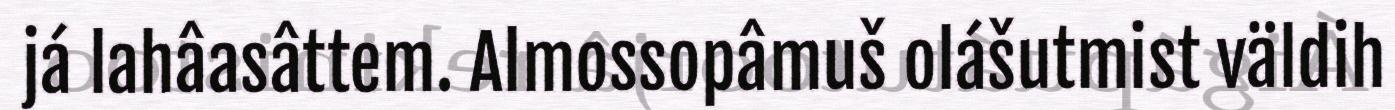
já lahâasâttem. Almossopâmuš olášutmist väldih